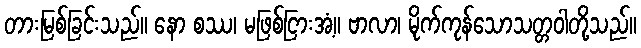
တားမြစ်ခြင်းသည်။ နော စဿ၊ မဖြစ်ငြားအံ့။ ဗာလာ၊ မိုက်ကုန်သောသတ္တဝါတို့သည်။